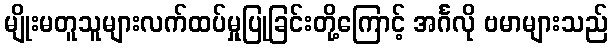
မျိုးမတူသူများလက်ထပ်မှုပြုခြင်းတို့ကြောင့် အင်္ဂလို ဗမာများသည်